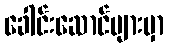
ခေါင်းဆောင်များမှာ